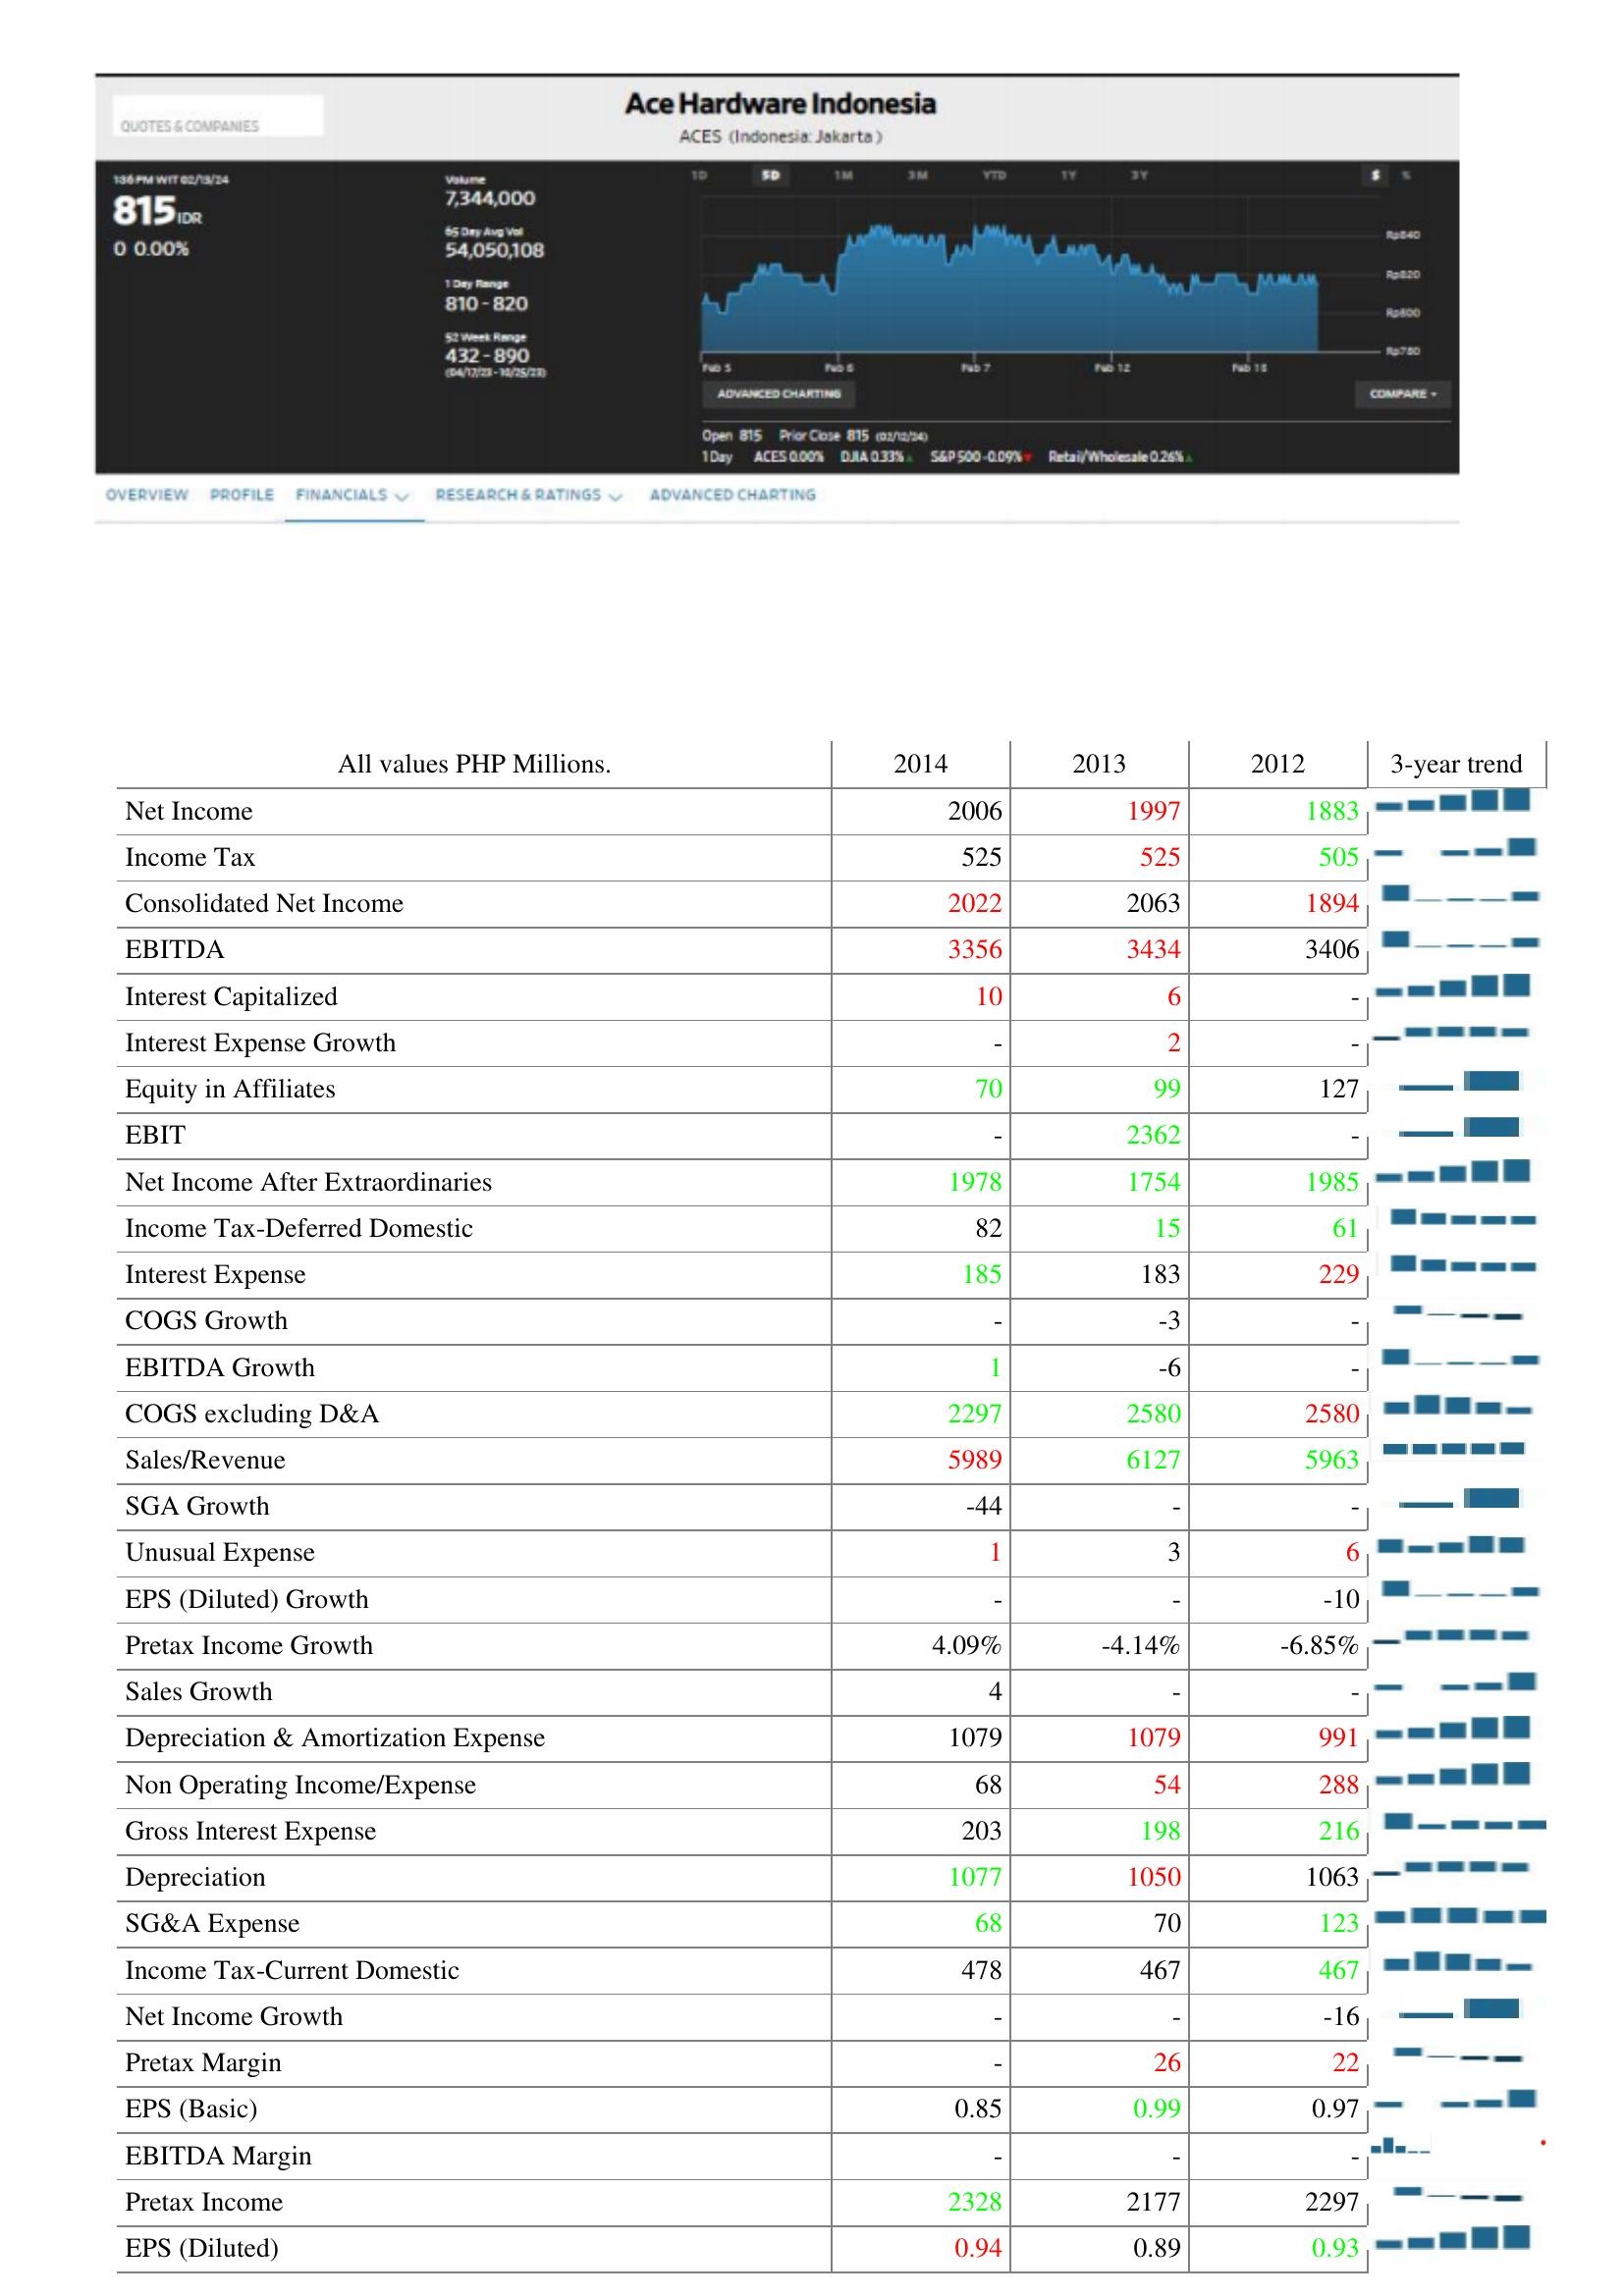
2014: : Net Income: 2006
Income Tax: 525
Consolidated Net Income: 2022
EBITDA: 3356
Interest Capitalized: 10
Interest Expense Growth: -
Equity in Affiliates: 70
EBIT: -
Net Income After Extraordinaries: 1978
Income Tax-Deferred Domestic: 82
Interest Expense: 185
COGS Growth: -
EBITDA Growth: 1
COGS excluding D&A: 2297
Sales/Revenue: 5989
SGA Growth: -44
Unusual Expense: 1
EPS (Diluted) Growth: -
Pretax Income Growth: 4.09%
Sales Growth: 4
Depreciation & Amortization Expense: 1079
Non Operating Income/Expense: 68
Gross Interest Expense: 203
Depreciation: 1077
SG&A Expense: 68
Income Tax-Current Domestic: 478
Net Income Growth: -
Pretax Margin: -
EPS (Basic): 0.85
EBITDA Margin: -
Pretax Income: 2328
EPS (Diluted): 0.94
2013: : Net Income: 1997
Income Tax: 525
Consolidated Net Income: 2063
EBITDA: 3434
Interest Capitalized: 6
Interest Expense Growth: 2
Equity in Affiliates: 99
EBIT: 2362
Net Income After Extraordinaries: 1754
Income Tax-Deferred Domestic: 15
Interest Expense: 183
COGS Growth: -3
EBITDA Growth: -6
COGS excluding D&A: 2580
Sales/Revenue: 6127
SGA Growth: -
Unusual Expense: 3
EPS (Diluted) Growth: -
Pretax Income Growth: -4.14%
Sales Growth: -
Depreciation & Amortization Expense: 1079
Non Operating Income/Expense: 54
Gross Interest Expense: 198
Depreciation: 1050
SG&A Expense: 70
Income Tax-Current Domestic: 467
Net Income Growth: -
Pretax Margin: 26
EPS (Basic): 0.99
EBITDA Margin: -
Pretax Income: 2177
EPS (Diluted): 0.89
2012: : Net Income: 1883
Income Tax: 505
Consolidated Net Income: 1894
EBITDA: 3406
Interest Capitalized: -
Interest Expense Growth: -
Equity in Affiliates: 127
EBIT: -
Net Income After Extraordinaries: 1985
Income Tax-Deferred Domestic: 61
Interest Expense: 229
COGS Growth: -
EBITDA Growth: -
COGS excluding D&A: 2580
Sales/Revenue: 5963
SGA Growth: -
Unusual Expense: 6
EPS (Diluted) Growth: -10
Pretax Income Growth: -6.85%
Sales Growth: -
Depreciation & Amortization Expense: 991
Non Operating Income/Expense: 288
Gross Interest Expense: 216
Depreciation: 1063
SG&A Expense: 123
Income Tax-Current Domestic: 467
Net Income Growth: -16
Pretax Margin: 22
EPS (Basic): 0.97
EBITDA Margin: -
Pretax Income: 2297
EPS (Diluted): 0.93